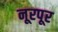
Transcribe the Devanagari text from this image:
नूरपूर